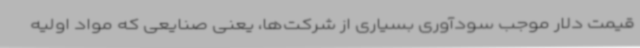
قیمت دلار موجب سودآوری بسیاری از شرکت‌ها، یعنی صنایعی که مواد اولیه